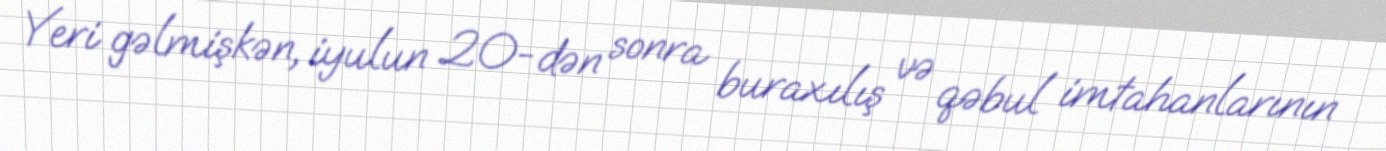
Yeri gəlmişkən, iyulun 20-dən sonra buraxılış və qəbul imtahanlarının